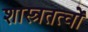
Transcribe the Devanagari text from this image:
शास्त्रतत्वों